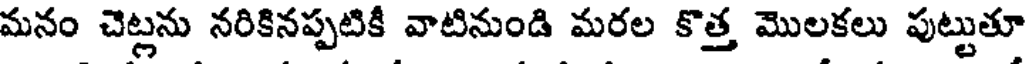
మనం చెట్లను నరికినప్పటికీ వాటినుండి మరల కొత్త మొలకలు పుట్టుతూ